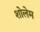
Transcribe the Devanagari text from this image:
शोलेम